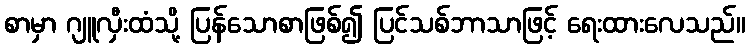
စာမှာ ဂျူလှီးထံသို့ ပြန်သောစာဖြစ်၍ ပြင်သစ်ဘာသာဖြင့် ရေးထားလေသည်။